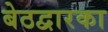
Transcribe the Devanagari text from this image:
बेठद्वारका